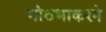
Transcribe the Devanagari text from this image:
मीठभाकरने